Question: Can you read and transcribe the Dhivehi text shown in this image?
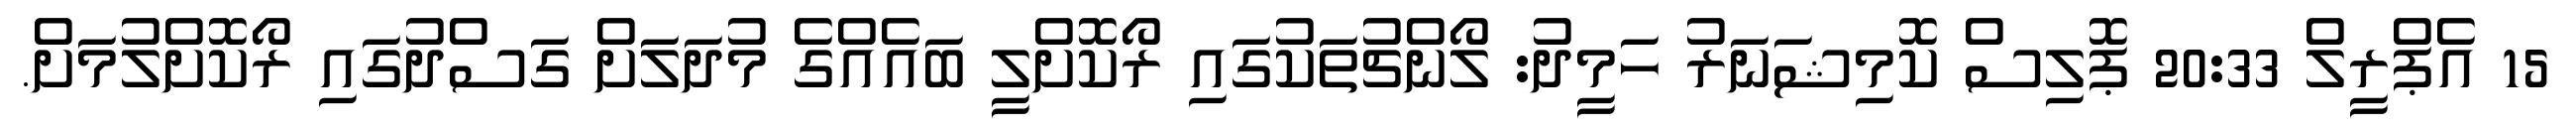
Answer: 15 އެޕްރީލް 20:33 ޕޮލިސް ކޮމިޝަނަރު ހަމީދު: ލޯންޗުތަކުގައި ރޯކޮށްލީ ބައެއްގެ މުދަލަށް ގަސްދުގައި ރޯކޮށްލުމަށް.